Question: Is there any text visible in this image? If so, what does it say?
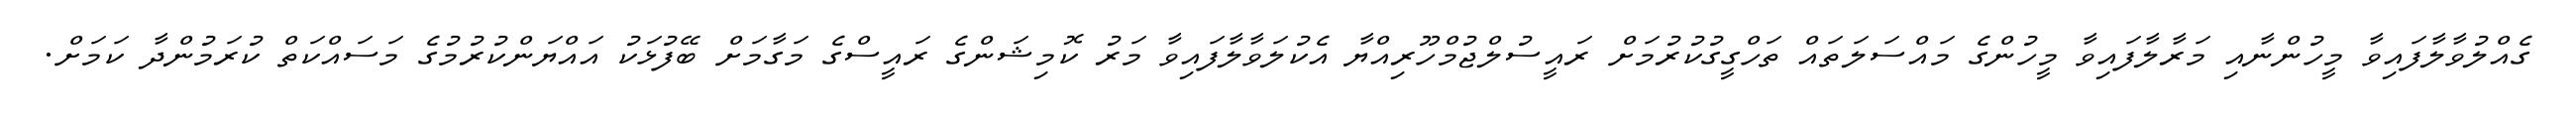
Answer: ގެއްލުވާލާފައިވާ މީހުންނާއި މަރާލާފައިވާ މީހުންގެ މައްސަލަތައް ތަހްގީގުކުރުމަށް ރައީސުލްޖުމްހޫރިއްޔާ އެކުލަވާލާފައިވާ މަރު ކޮމިޝަންގެ ރައީސްގެ މަގާމަށް ބޭފުޅަކު އައްޔަންކުރުމުގެ މަސައްކަތް ކުރަމުންދާ ކަމަށް.